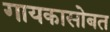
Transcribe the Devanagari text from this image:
गायकासोबत